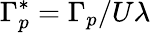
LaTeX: \Gamma_{p}^{\ast}=\Gamma_{p}/U\lambda